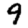
Digit: 9